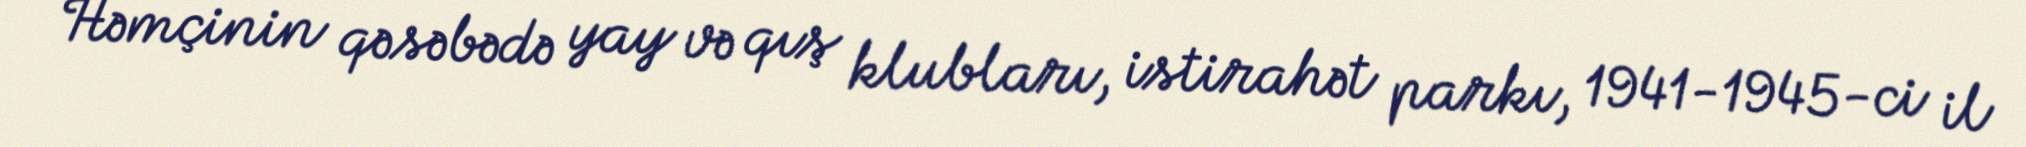
Həmçinin qəsəbədə yay və qış klubları, istirahət parkı, 1941-1945-ci il